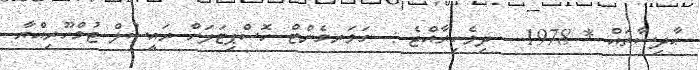
ޙާދިސާތައް * 1978 - ދިވެހިރާއްޖެ :- ގަވަރމެންޓް ހޮސްޕިޓަލަށް ރައީސުލް ޖުމްހޫރިއްޔާ